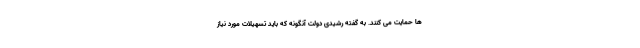
ها حمایت می کنند. به گفته رشیدی دولت آنگونه که باید تسهیلات مورد نیاز